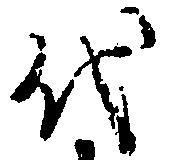
代